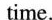
time.